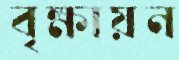
বৃক্ষায়ন